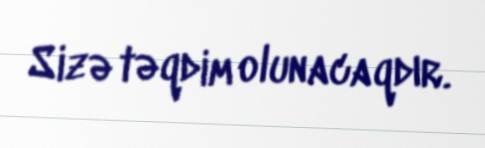
Sizə təqdim olunacaqdır.